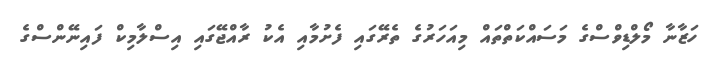
ހަޒާނާ މޯލްޑިވްސްގެ މަސައްކަތްތައް މިއަހަރުގެ ތެރޭގައި ފެށުމާއި އެކު ރާއްޖޭގައި އިސްލާމިކް ފައިނޭންސްގެ